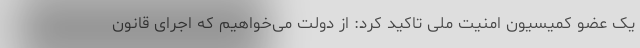
یک عضو کمیسیون امنیت ملی تاکید کرد: از دولت می‌خواهیم که اجرای قانون